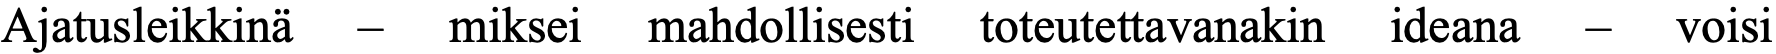
Ajatusleikkinä – miksei mahdollisesti toteutettavanakin ideana – voisi